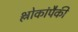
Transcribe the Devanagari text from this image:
श्लोकांपैकी